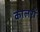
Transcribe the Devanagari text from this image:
कालरों